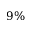
9 \%